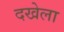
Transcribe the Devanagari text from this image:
दखेला